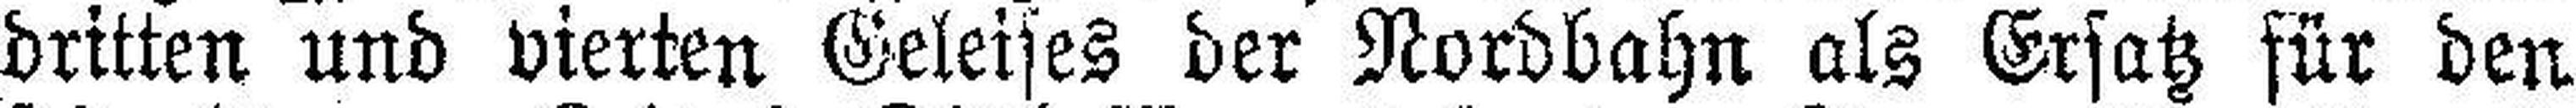
dritten und vierten Geleises der Nordbahn als Ersatz für den